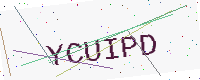
Text: YCUIPD